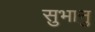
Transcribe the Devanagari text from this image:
सुभानु